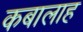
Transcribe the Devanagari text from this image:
कबालाह